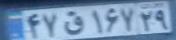
۴۷ق۱۶۷۲۹